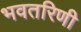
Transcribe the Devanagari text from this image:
भवतरिणी